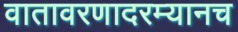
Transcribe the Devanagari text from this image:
वातावरणादरम्यानच